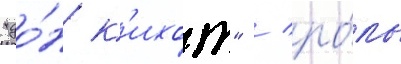
"до́н к'ихот" / ро́ль